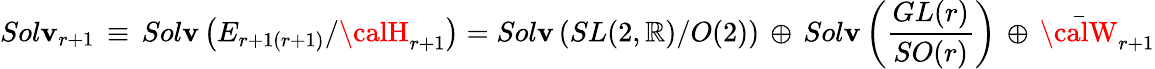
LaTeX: Sol\mathbf{v}_{r+1}\, \equiv\, Sol\mathbf{v}\left(E_{r+1(r+1)}/{\calH}_{r+1}\right)=Sol\mathbf{v}\left(SL(2,\mathbb{R})/O(2)\right)\, \oplus\, Sol\mathbf{v}\left(\frac{{GL(r)}}{{SO(r)}}\right)\, \oplus\, {\bar{{\calW}}}_{r+1}